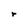
Character: r